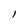
Character: l